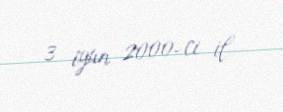
3 iyun 2000-ci il